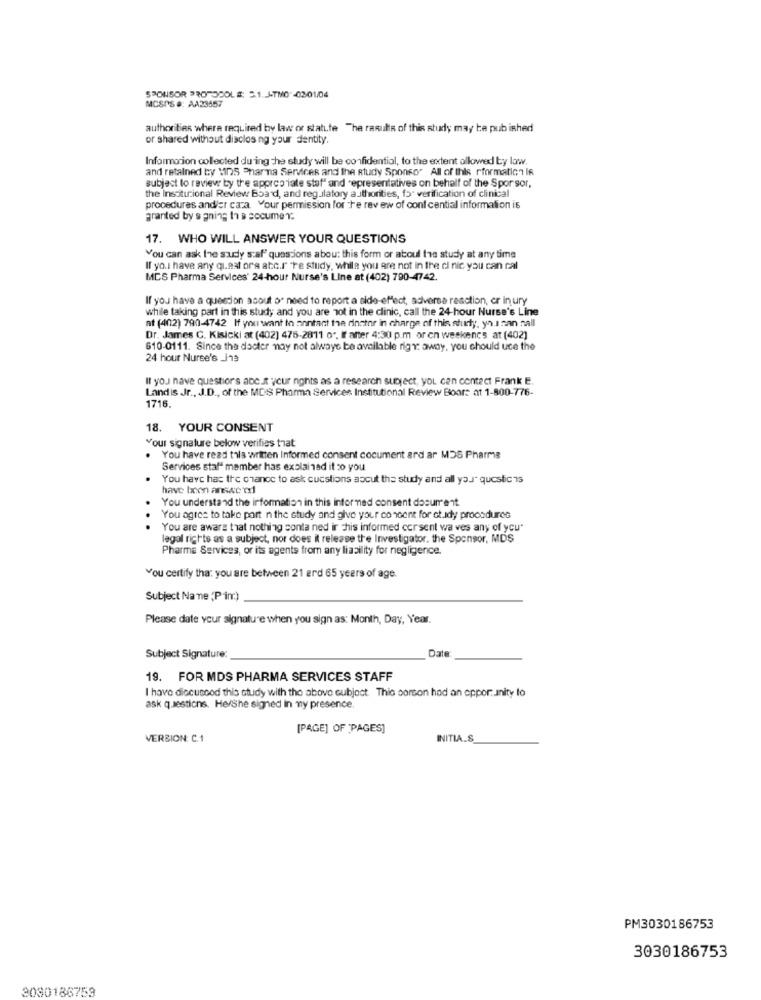
SPONSOR PROTOCOLS: 5.1.J-TMO -03-01/04
MCSPS #: AA23457
authorities where required by law or statute The results of this study may be pub ished
or shared without disclos ng your dentity.
Information collected du ing the study will be confidential, to the extent allowed by law.
and retalned by Mins Pharma Services and the study Sponso" All of this rformation IR
subject to review by the appropriate staf" and representatives on behalf of the Spor sor,
the Institucional Review Board, and regulatory authorities, 15 verification of clinical
procedures andler caza. Your permission for re rev ew of conf cential information is
granted by s gning th B socumer:
17. WHO WILL ANSWER YOUR QUESTIONS
You can ask the surdy saf' questions about this form or aboul the study at any time
If you have any quest ors atc.r"re study, while you are not in the ci nic you can cal
MCS Pharma Services' 24-hour Nurse's Line at (402) 790-4742.
If you have a question asout of need to report a side-effect, adiverse reaction, er in ury
while taking part in this study and you are not in the clinic, call the 24-hour Nurse's Line
at (402) 790-4742 If you want in montant the dinner in charge of this study, you nan nall
Dr. James C. Kisicki at (402] 476-2811 o", If'after 4:30 p.m or en weekencs at (402)
610-0111. Since the docter may not always be available rigy: away, you should uce the
24 hour Nurse's _J13
If you have questions abc. your rights as a research subject, you can contact Frank E.
Landis Jr ., J.D ., of the MDS Pharma Services Institutional Review Boore at 1-800-776-
1716.
18. YOUR CONSENT
Your signature below verifies that
You have read this written Informed consent cocument ard ar MDS Pharme
Services staff member has explained it :0 you
You have has the chance to ask cucstions ascut the study and all you" questic 15
have been ansec ed
You understand the information in this informed consent document
You agree to take part n the study and give your concent for ot idy procedures
You are aware that nothing conta ned ir chis informed corsent wa ves any of you"
legal rights as a subject, nor does il release the Investigator. the Sponsor, MDS
Pharme Services, or its agents from any liability for negligence.
You certify tha: you are between 21 ard 65 years of age.
Subject Na ne ,Pim)
Please date your signature when you sign as: Month, Day, Year.
Dat
Subject Signature:
19. FOR MDS PHARMA SERVICES STAFF
I have discuscod this study with the above subject. This porson had an opportunity to
ask questions. He/She signed in my presence
[PAGE] OF 'PAGES]
VERSION: C.1
INITIA.S
PM3030186753
3030186753
3080186759